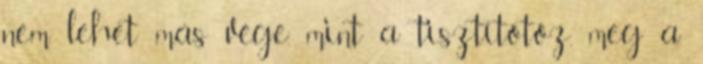
nem lehet más vége, mint a tisztítótőz, meg a